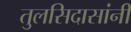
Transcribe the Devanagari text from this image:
तुलसिदासांनी